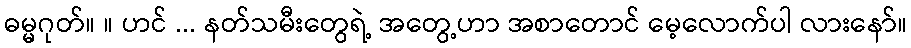
ဓမ္မဂုတ်။ ။ ဟင် ... နတ်သမီးတွေရဲ့ အတွေ့ဟာ အစာတောင် မေ့လောက်ပါ လားနော်။